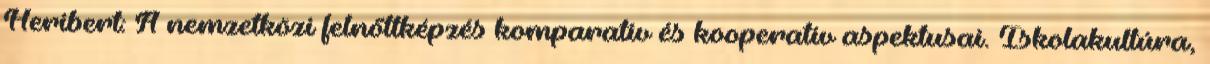
Heribert: A nemzetközi felnőttképzés komparatív és kooperatív aspektusai. Iskolakultúra,